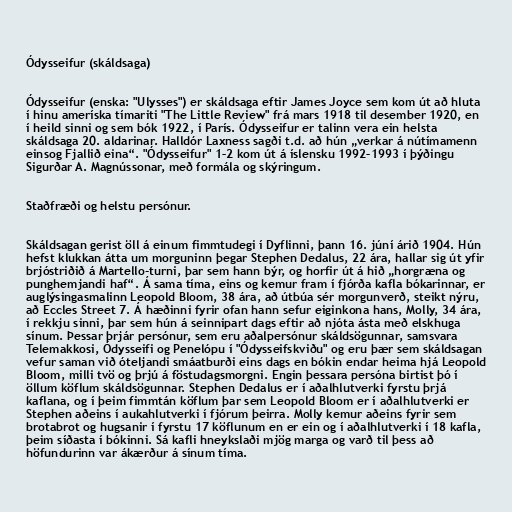
Ódysseifur (skáldsaga)

Ódysseifur (enska: "Ulysses") er skáldsaga eftir James Joyce sem kom út að hluta
í hinu ameríska tímariti "The Little Review" frá mars 1918 til desember 1920, en
í heild sinni og sem bók 1922, í París. Ódysseifur er talinn vera ein helsta
skáldsaga 20. aldarinar. Halldór Laxness sagði t.d. að hún „verkar á nútímamenn
einsog Fjallið eina“. "Ódysseifur" 1–2 kom út á íslensku 1992–1993 í þýðingu
Sigurðar A. Magnússonar, með formála og skýringum.

Staðfræði og helstu persónur.

Skáldsagan gerist öll á einum fimmtudegi í Dyflinni, þann 16. júní árið 1904. Hún
hefst klukkan átta um morguninn þegar Stephen Dedalus, 22 ára, hallar sig út yfir
brjóstriðið á Martello-turni, þar sem hann býr, og horfir út á hið „horgræna og
punghemjandi haf“. Á sama tíma, eins og kemur fram í fjórða kafla bókarinnar, er
auglýsingasmalinn Leopold Bloom, 38 ára, að útbúa sér morgunverð, steikt nýru,
að Eccles Street 7. Á hæðinni fyrir ofan hann sefur eiginkona hans, Molly, 34 ára,
í rekkju sinni, þar sem hún á seinnipart dags eftir að njóta ásta með elskhuga
sínum. Þessar þrjár persónur, sem eru aðalpersónur skáldsögunnar, samsvara
Telemakkosi, Ódysseifi og Penelópu í "Ódysseifskviðu" og eru þær sem skáldsagan
vefur saman við óteljandi smáatburði eins dags en bókin endar heima hjá Leopold
Bloom, milli tvö og þrjú á föstudagsmorgni. Engin þessara persóna birtist þó í
öllum köflum skáldsögunnar. Stephen Dedalus er í aðalhlutverki fyrstu þrjá
kaflana, og í þeim fimmtán köflum þar sem Leopold Bloom er í aðalhlutverki er
Stephen aðeins í aukahlutverki í fjórum þeirra. Molly kemur aðeins fyrir sem
brotabrot og hugsanir í fyrstu 17 köflunum en er ein og í aðalhlutverki í 18 kafla,
þeim síðasta í bókinni. Sá kafli hneykslaði mjög marga og varð til þess að
höfundurinn var ákærður á sínum tíma.